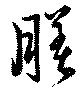
膳